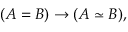
( A = B ) \to ( A \simeq B ) ,